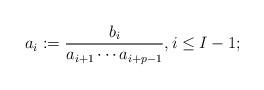
LaTeX: \begin{align*} a_{i}:=\frac{b_{i}}{a_{i+1}\cdots a_{i+p-1}}, i \le I-1;\end{align*}